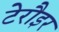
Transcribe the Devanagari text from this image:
टेरौइर